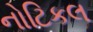
નોટિકલ